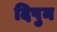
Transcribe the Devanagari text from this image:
दिपुन